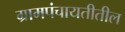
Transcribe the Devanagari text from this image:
ग्रामपंचायतीतील